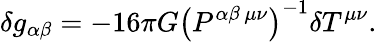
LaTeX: \delta g_{\alpha\beta}=-16\pi G\left(P^{\alpha\beta\, \mu\nu}\right)^{-1}\delta T^{\mu\nu}.